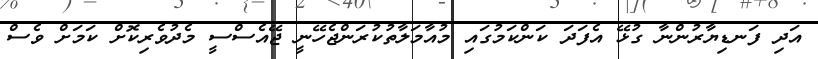
އަދި ފަނޑިޔާރުންނާ ގުޅޭ އެފަދަ ކަންކަމުގައި މުއާމަލާތުކުރަންޖެހޭނީ ޖޭއެސްސީ މެދުވެރިކޮށް ކަމަށް ވެސް